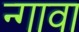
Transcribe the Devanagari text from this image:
न्गावा